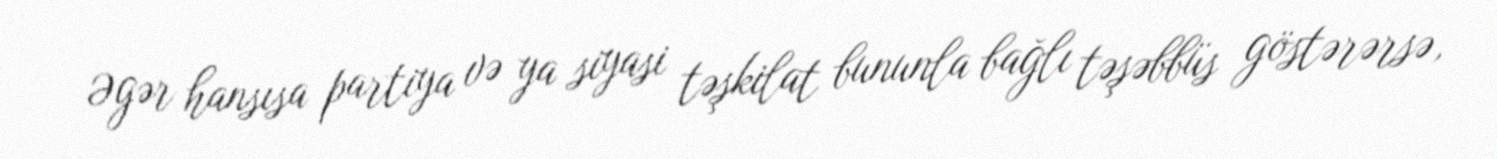
Əgər hansısa partiya və ya siyasi təşkilat bununla bağlı təşəbbüs göstərərsə,